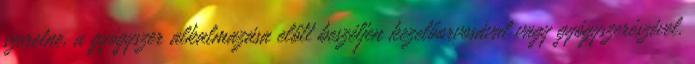
szeretne, a gyógyszer alkalmazása előtt beszéljen kezelőorvosával vagy gyógyszerészével.